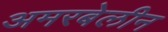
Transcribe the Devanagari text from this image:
अमरबेलीन